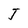
Character: J